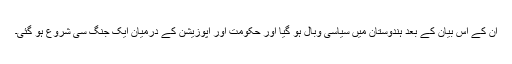
ان کے اس بیان کے بعد ہندوستان میں سیاسی وبال ہو گیا اور حکومت اور اپوزیشن کے درمیان ایک جنگ سی شروع ہو گئی۔